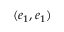
( e _ { 1 } , e _ { 1 } )